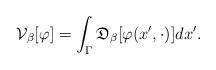
LaTeX: \begin{align*} \mathcal{V}_\beta[\varphi] = \int_{\Gamma} \mathfrak{D}_\beta[\varphi(x',\cdot)] dx'.\end{align*}